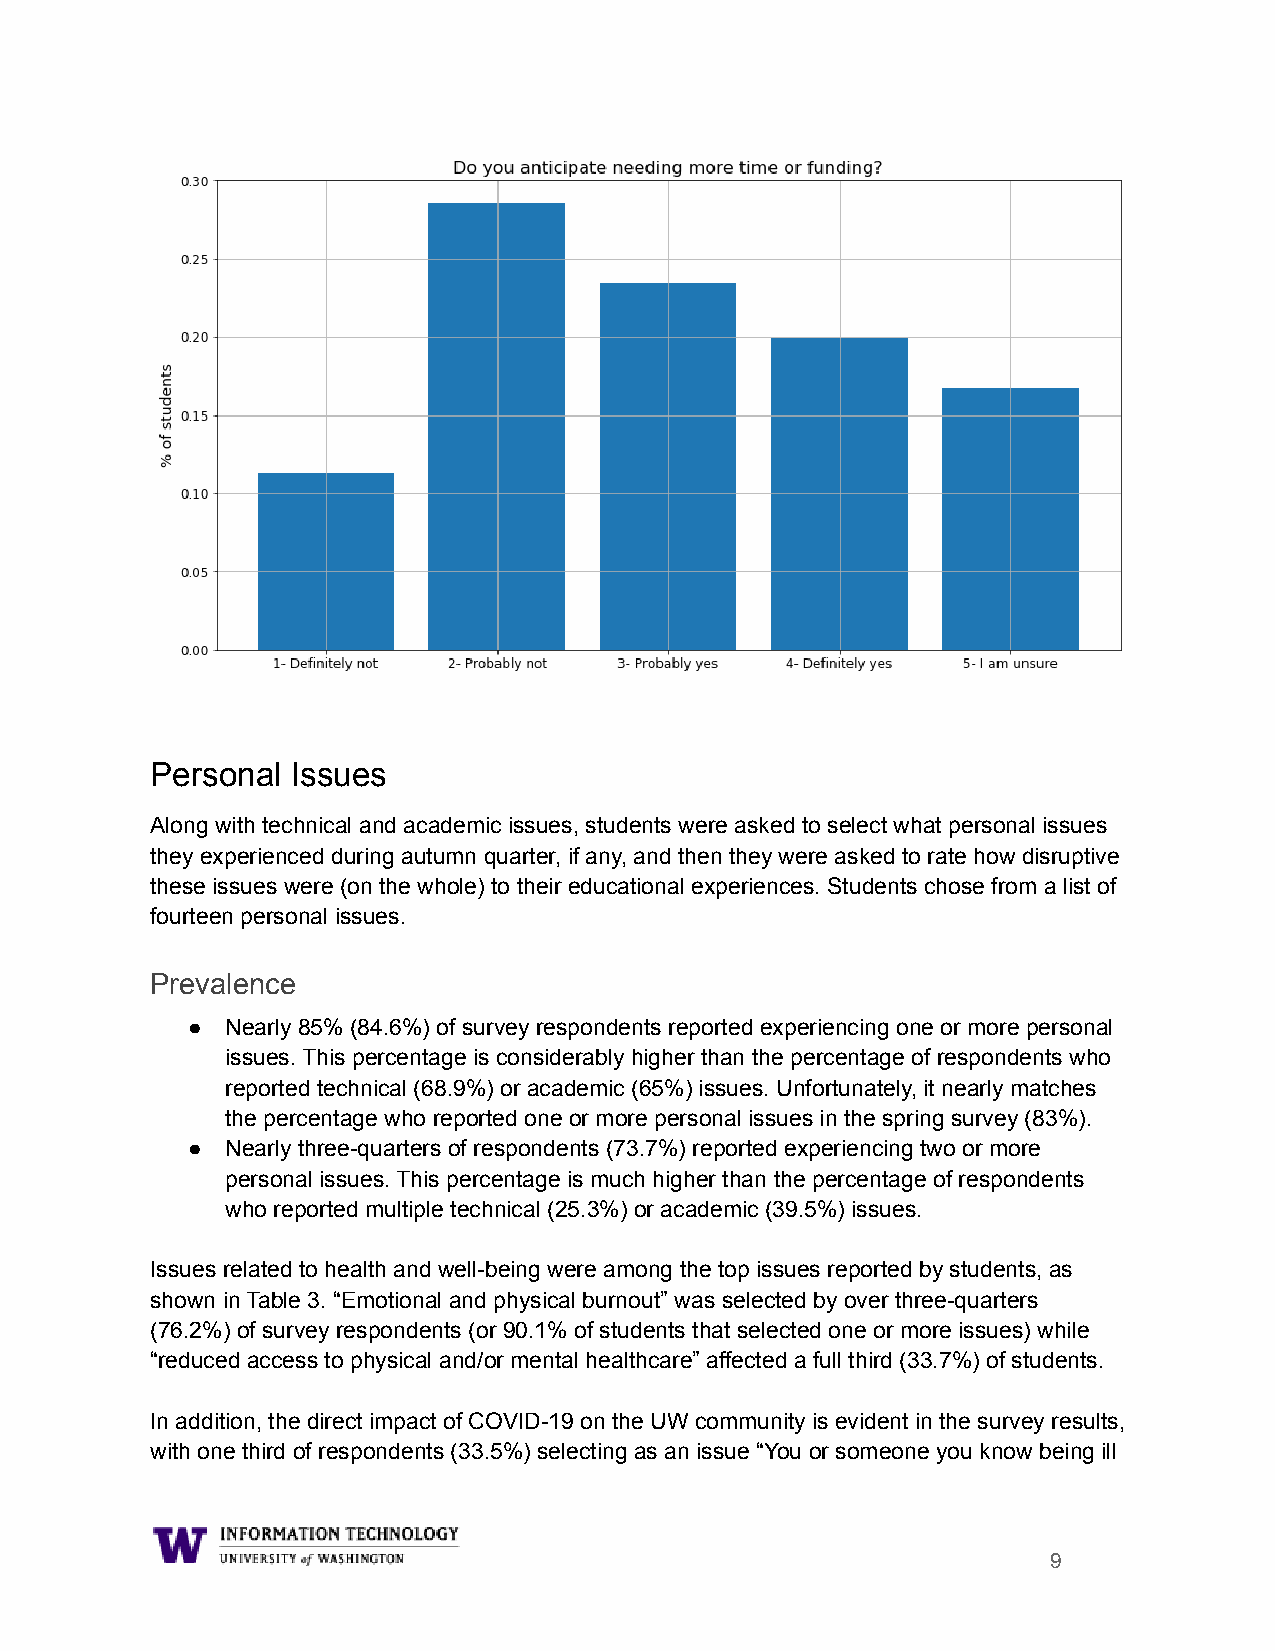
Personal Issues
 Along with technical and academic issues, students were asked to select what personal issues
 they experienced during autumn quarter, if any, and then they were asked to rate how disruptive
 these issues were (on the whole) to their educational experiences. Students chose from a list of
 fourteen personal issues.
 Prevalence
 ●  Nearly 85% (84.6%) of survey respondents reported experiencing one or more personal
 issues. This percentage is considerably higher than the percentage of respondents who
 reported technical (68.9%) or academic (65%) issues. Unfortunately, it nearly matches
 the percentage who reported one or more personal issues in the spring survey (83%).
 ●  Nearly three-quarters of respondents (73.7%) reported experiencing two or more
 personal issues. This percentage is much higher than the percentage of respondents
 who reported multiple technical (25.3%) or academic (39.5%) issues.
 Issues related to health and well-being were among the top issues reported by students, as
 shown in Table 3. “Emotional and physical burnout” was selected by over three-quarters
 (76.2%) of survey respondents (or 90.1% of students that selected one or more issues) while
 “reduced access to physical and/or mental healthcare” affected a full third (33.7%) of students.
 In addition, the direct impact of COVID-19 on the UW community is evident in the survey results,
 with one third of respondents (33.5%) selecting as an issue “You or someone you know being ill
 9